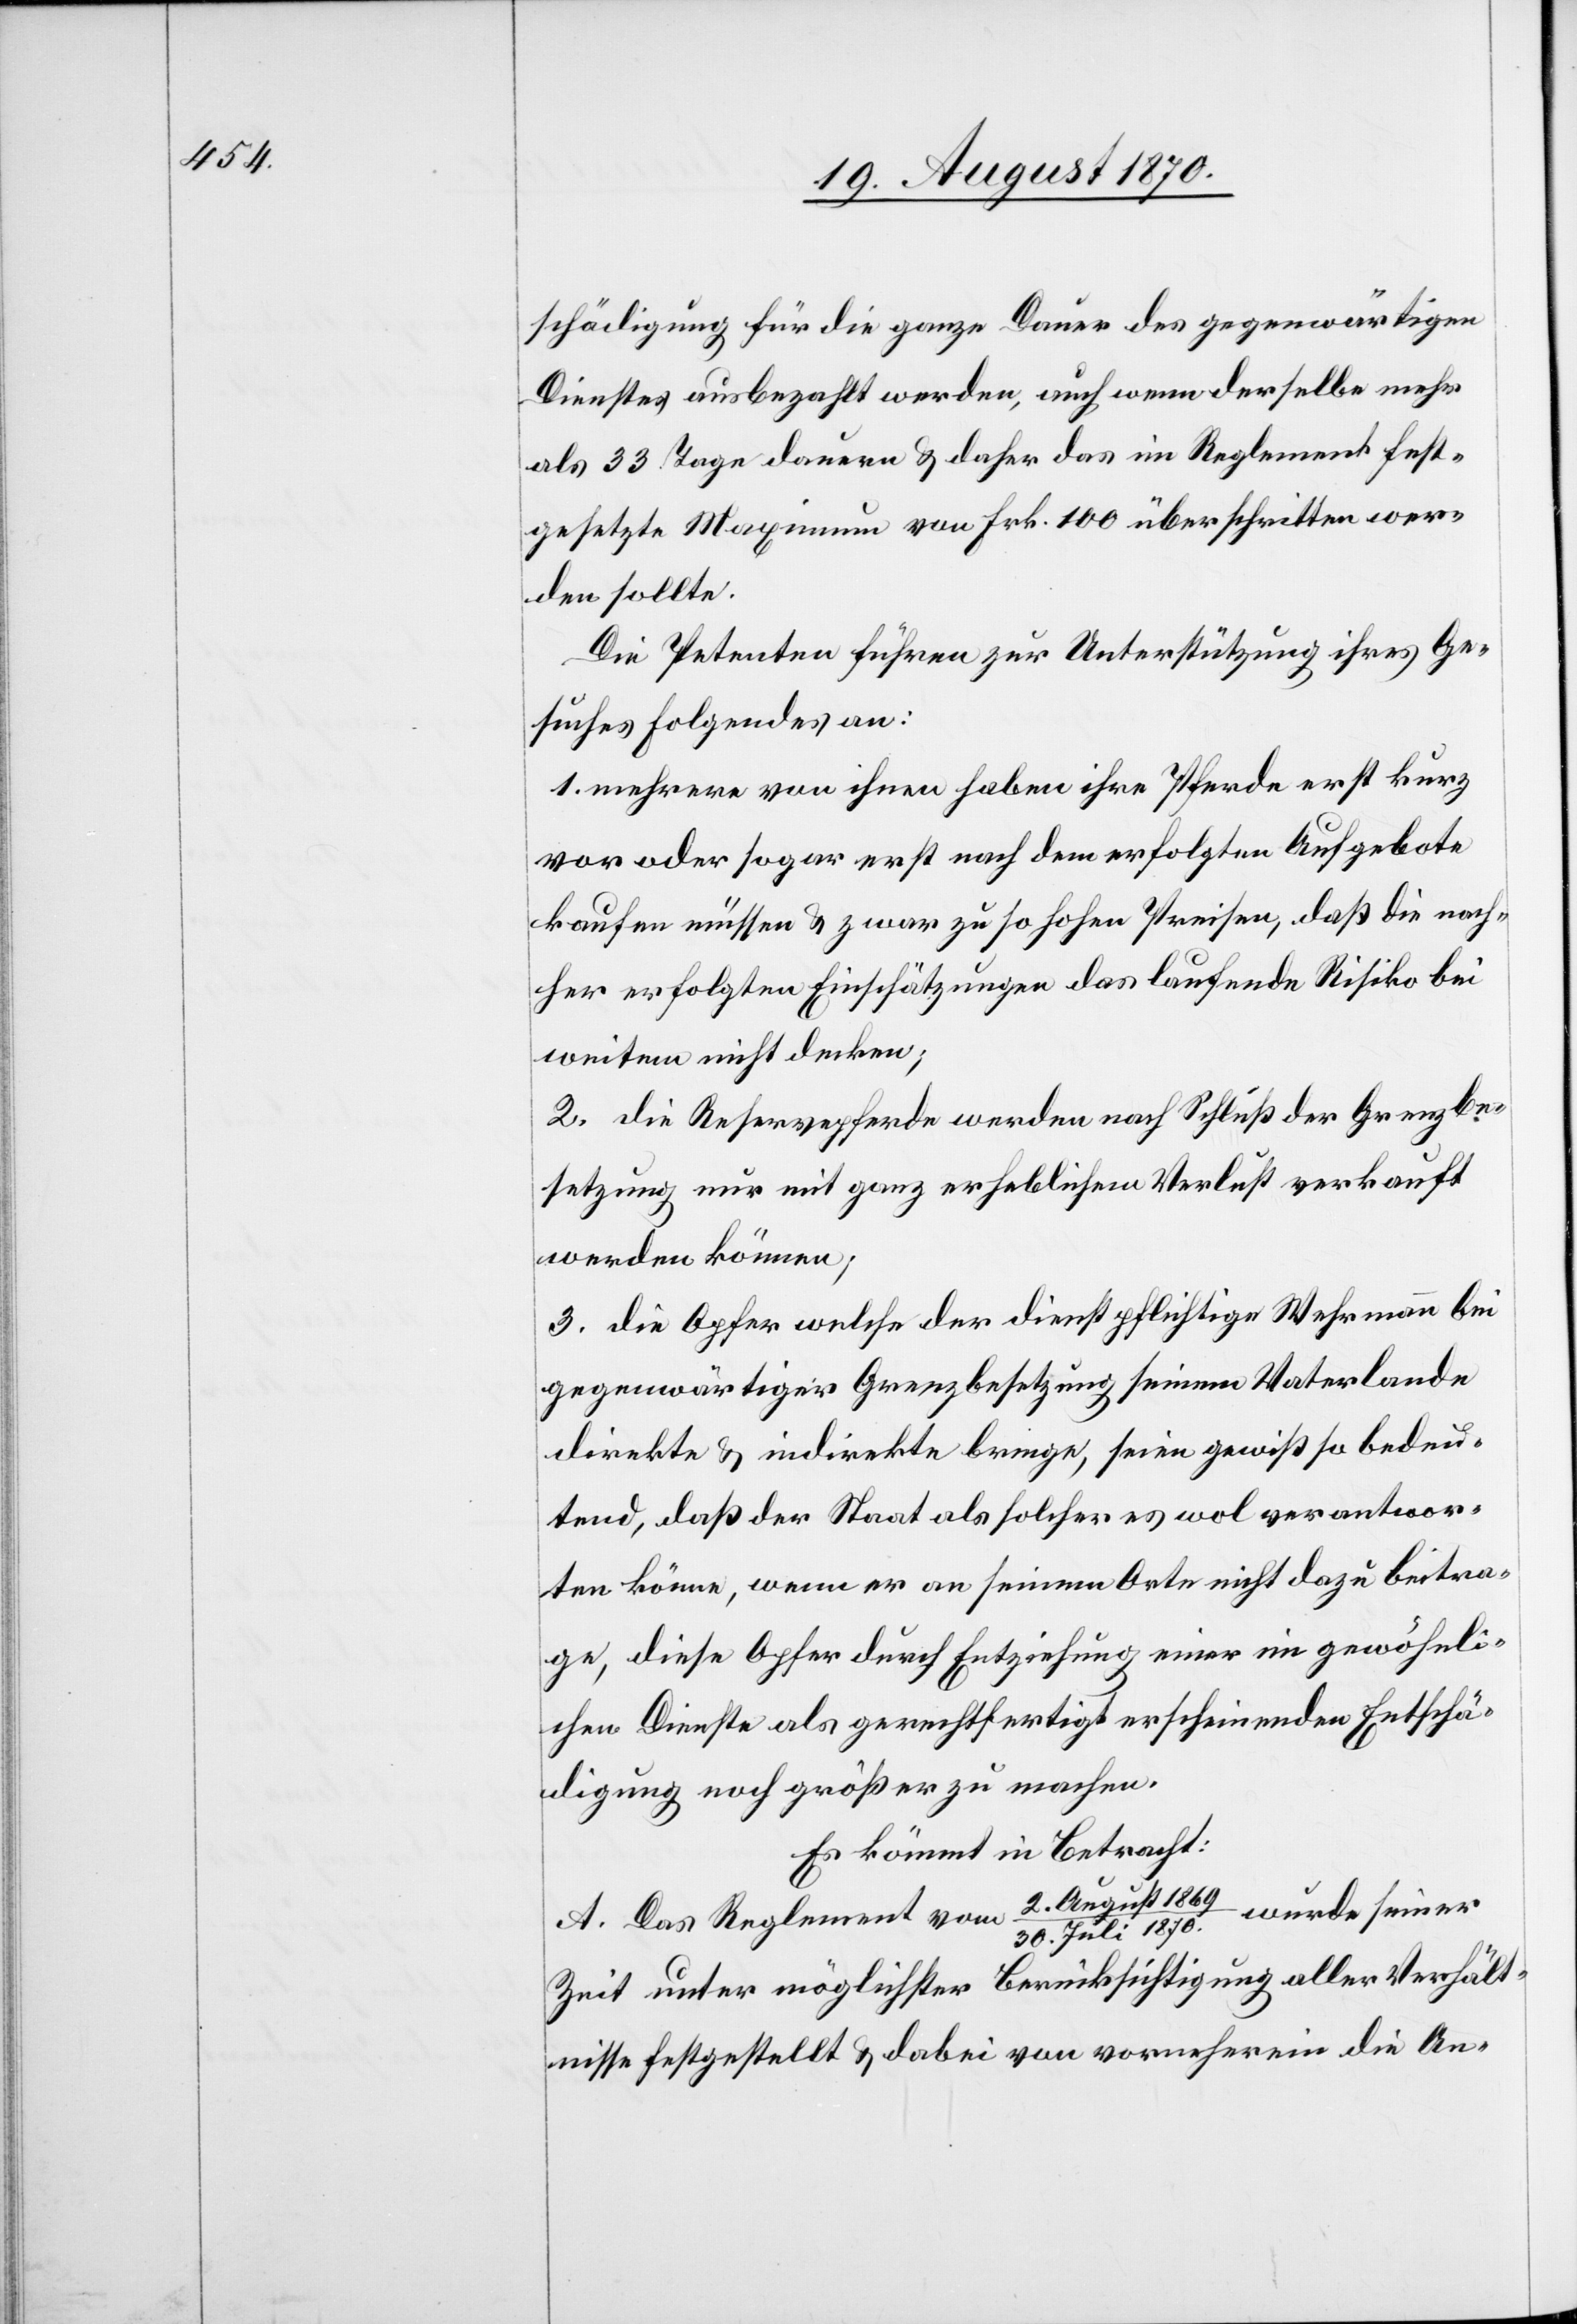
schädigung für die ganze Dauer des gegenwärtigen
Dienstes ausbezahlt werden, auch wenn derselbe mehr
als 33 Tage dauere & daher das im Reglement fest¬
gesetzte Maximum von Frk. 100 überschritten wer¬
den sollte.
Die Petenten führen zur Unterstützung ihres Ge¬
suches folgendes an:
1. mehrere von ihnen haben ihrer Pferde erst kurz
vor oder sogar erst nach dem erfolgten Aufgebote
kaufen müssen & zwar zu so hohen Preisen, daß die nach¬
her erfolgten Einschätzungen das laufende Risiko bei
weitem nicht decken;
2. die Reservepferde werden nach Schluß der Grenzbe¬
setzung nur mit ganz erheblichem Verlust verkauft
werden können;
3. die Opfer welche der dienstpflichtige Wehrmann bei
gegenwärtiger Grenzbesetzung seinem Vaterlande
direkte & indirekte bringe, seien gewiß so bedeu¬
tend, daß der Staat als solcher es wol verantwor¬
ten könne, wenn er an seinem Orte nicht dazu beitra¬
gen, diese Gefahr durch Entziehung einer im gewöhnli¬
chen Dienste als gerechtfertigt erscheinenden Entschä¬
digung noch größer zu machen.
A. Das Reglement vom 2. August 1869/30. Juli 1870.
Zeit unter möglichster Berücksichtigung aller Verhält¬
nisse festgestellt & dabei von vornherein die An-